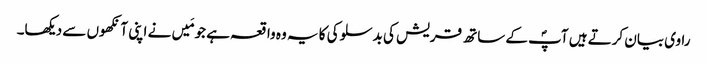
راوی بیان کرتے ہیں آپؐ کے ساتھ قریش کی بدسلوکی کا یہ وہ واقعہ ہے جو مَیں نے اپنی آنکھوں سے دیکھا۔